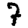
Digit: 7